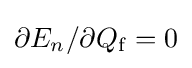
\partial E_{n}/\partial Q_{\rm {f}}=0